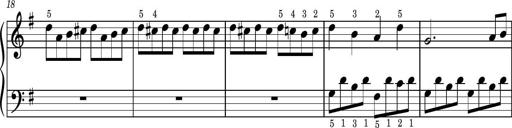
Title: Easy Progressive Lessons and 4 Sonatinas
Composer: Thomas Attwood